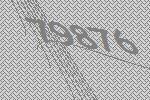
79876